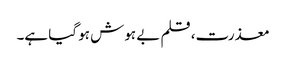
معذرت، قلم بے ہوش ہو گیا ہے۔